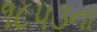
૧૮૫૩ના